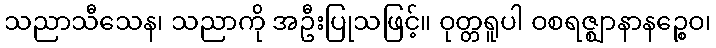
သညာသီသေန၊ သညာကို အဦးပြုသဖြင့်။ ဝုတ္တရူပါ ဝစရဇ္ဈာနာနဉ္စေဝ၊